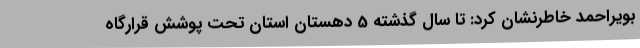
بویراحمد خاطرنشان کرد: تا سال گذشته 5 دهستان استان تحت پوشش قرارگاه